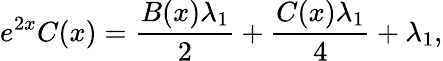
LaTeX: e^{2x}C(x)=\frac{B(x)\lambda_{1}}{2}+\frac{C(x)\lambda_{1}}{4}+\lambda_{1},